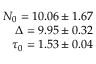
\begin{array} { r } { N _ { 0 } = 1 0 . 0 6 \pm 1 . 6 7 } \\ { \Delta = 9 . 9 5 \pm 0 . 3 2 } \\ { \tau _ { 0 } = 1 . 5 3 \pm 0 . 0 4 } \end{array}